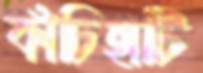
কাঁচিহাটি